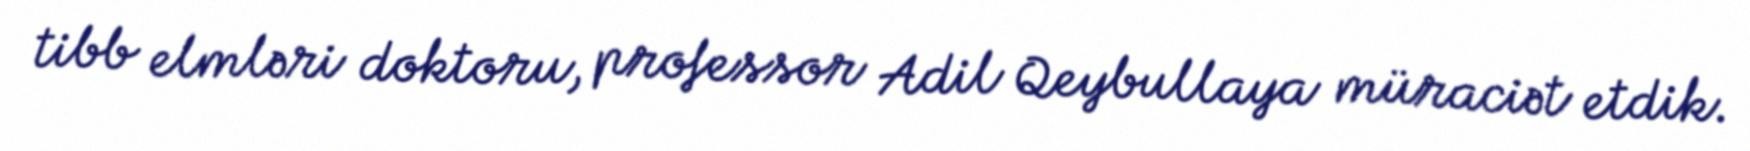
tibb elmləri doktoru, professor Adil Qeybullaya müraciət etdik.